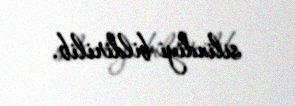
silindiyi bildirilib.